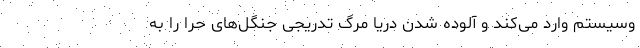
وسیستم وارد می‌کند و آلوده شدن دریا مرگ تدریجی جنگل‌های حرّا را به